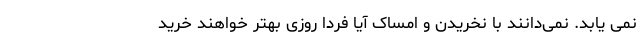
نمی یابد. نمی‌دانند با نخریدن و امساک آیا فردا روزی بهتر خواهند خرید